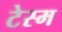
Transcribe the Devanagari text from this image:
टेस्म